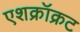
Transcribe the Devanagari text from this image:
एशक्रॉक्रट